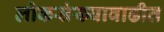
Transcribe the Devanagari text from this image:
लोकसंख्यावाढीत